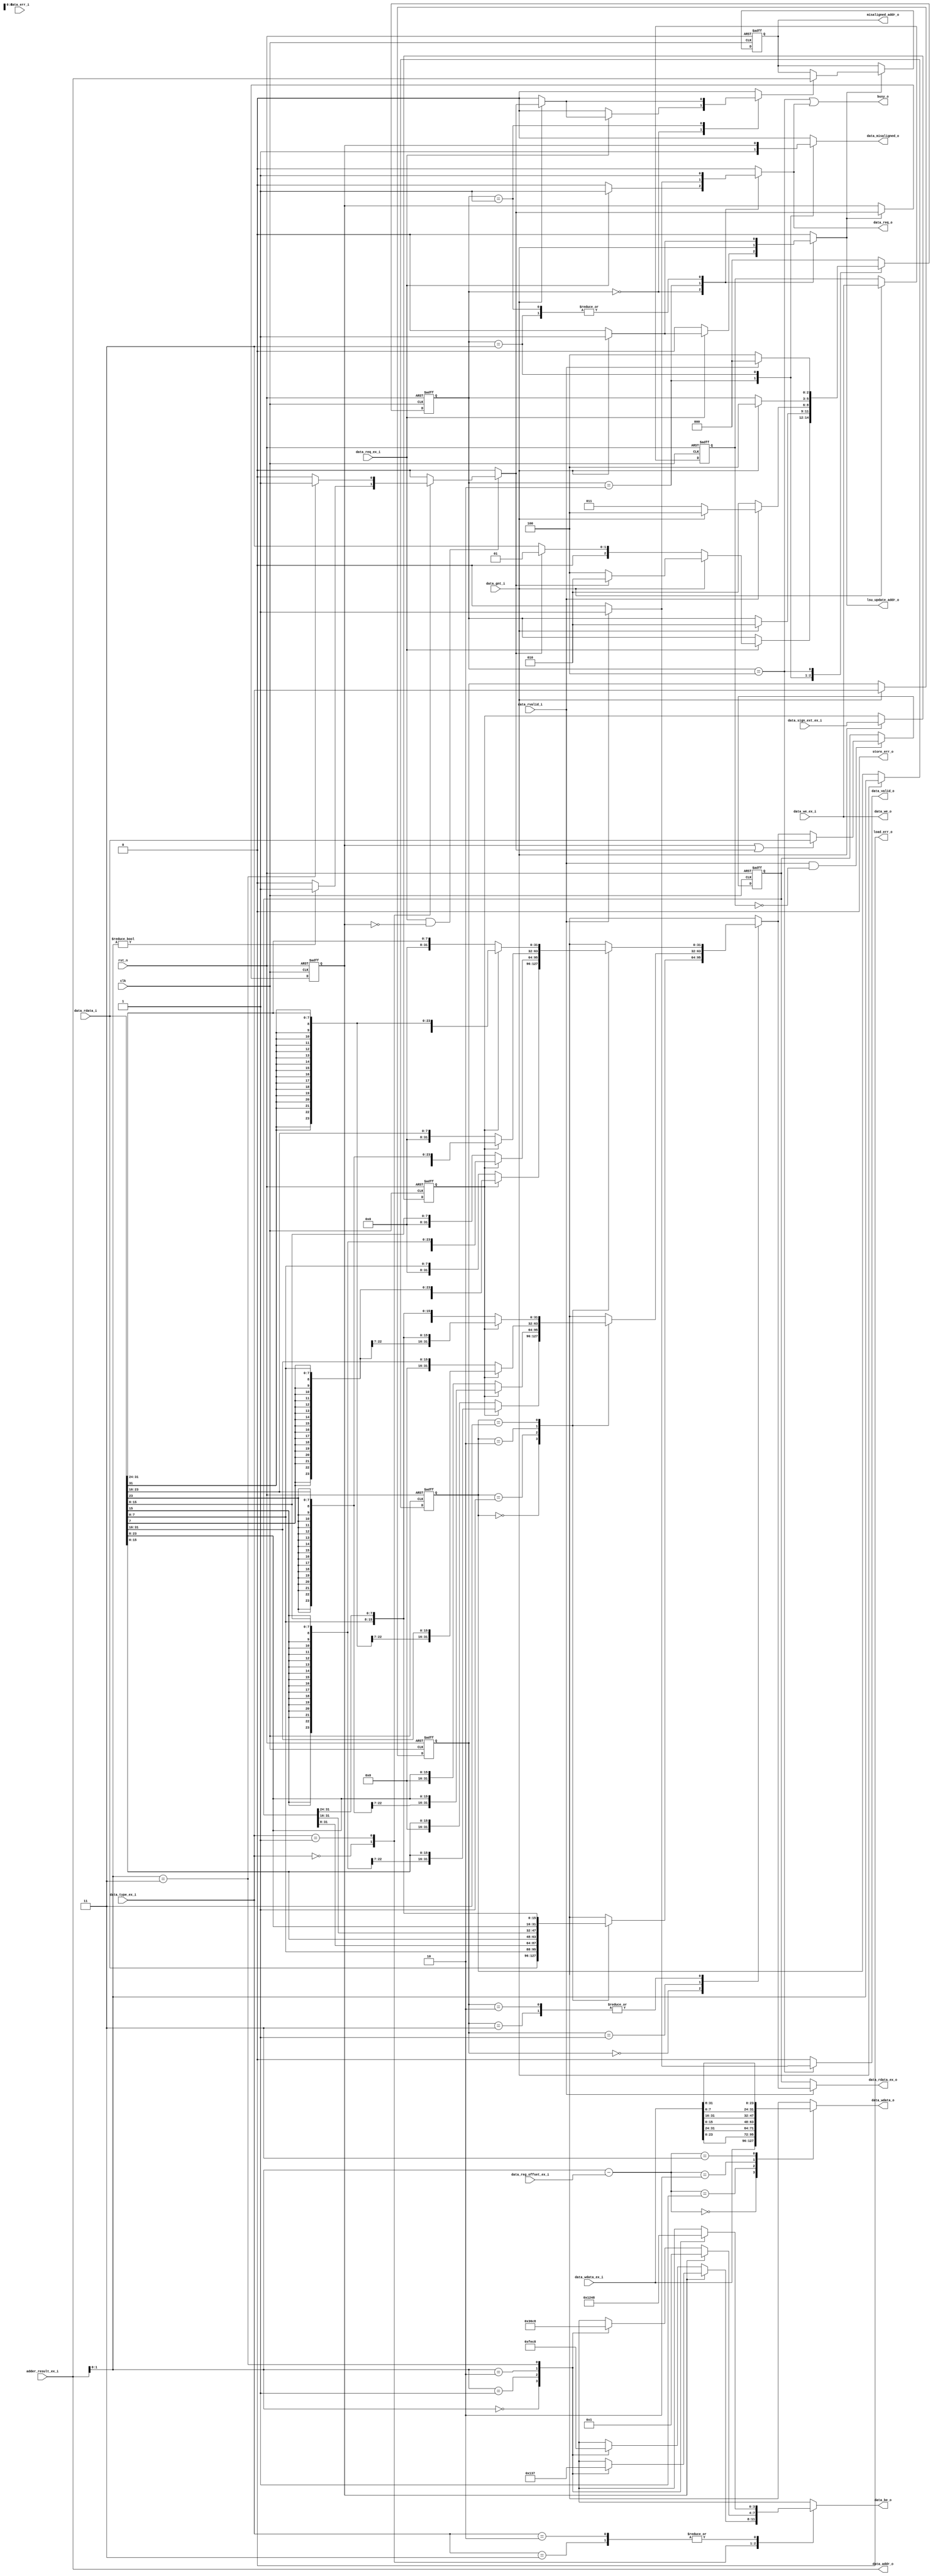
module zeroriscy_load_store_unit (
	clk,
	rst_n,
	data_req_o,
	data_gnt_i,
	data_rvalid_i,
	data_err_i,
	data_addr_o,
	data_we_o,
	data_be_o,
	data_wdata_o,
	data_rdata_i,
	data_we_ex_i,
	data_type_ex_i,
	data_wdata_ex_i,
	data_reg_offset_ex_i,
	data_sign_ext_ex_i,
	data_rdata_ex_o,
	data_req_ex_i,
	adder_result_ex_i,
	data_misaligned_o,
	misaligned_addr_o,
	load_err_o,
	store_err_o,
	lsu_update_addr_o,
	data_valid_o,
	busy_o
);
	input wire clk;
	input wire rst_n;
	output reg data_req_o;
	input wire data_gnt_i;
	input wire data_rvalid_i;
	input wire data_err_i;
	output wire [31:0] data_addr_o;
	output wire data_we_o;
	output wire [3:0] data_be_o;
	output wire [31:0] data_wdata_o;
	input wire [31:0] data_rdata_i;
	input wire data_we_ex_i;
	input wire [1:0] data_type_ex_i;
	input wire [31:0] data_wdata_ex_i;
	input wire [1:0] data_reg_offset_ex_i;
	input wire data_sign_ext_ex_i;
	output wire [31:0] data_rdata_ex_o;
	input wire data_req_ex_i;
	input wire [31:0] adder_result_ex_i;
	output reg data_misaligned_o;
	output reg [31:0] misaligned_addr_o;
	output wire load_err_o;
	output wire store_err_o;
	output reg lsu_update_addr_o;
	output reg data_valid_o;
	output wire busy_o;
	wire [31:0] data_addr_int;
	reg [1:0] data_type_q;
	reg [1:0] rdata_offset_q;
	reg data_sign_ext_q;
	reg data_we_q;
	wire [1:0] wdata_offset;
	reg [3:0] data_be;
	reg [31:0] data_wdata;
	wire misaligned_st;
	reg data_misaligned;
	reg data_misaligned_q;
	reg increase_address;
	reg [2:0] CS;
	reg [2:0] NS;
	reg [31:0] rdata_q;
	always @(*)
		case (data_type_ex_i)
			2'b00:
				if (misaligned_st == 1'b0)
					case (data_addr_int[1:0])
						2'b00: data_be = 4'b1111;
						2'b01: data_be = 4'b1110;
						2'b10: data_be = 4'b1100;
						2'b11: data_be = 4'b1000;
					endcase
				else
					case (data_addr_int[1:0])
						2'b00: data_be = 4'b0000;
						2'b01: data_be = 4'b0001;
						2'b10: data_be = 4'b0011;
						2'b11: data_be = 4'b0111;
					endcase
			2'b01:
				if (misaligned_st == 1'b0)
					case (data_addr_int[1:0])
						2'b00: data_be = 4'b0011;
						2'b01: data_be = 4'b0110;
						2'b10: data_be = 4'b1100;
						2'b11: data_be = 4'b1000;
					endcase
				else
					data_be = 4'b0001;
			2'b10, 2'b11:
				case (data_addr_int[1:0])
					2'b00: data_be = 4'b0001;
					2'b01: data_be = 4'b0010;
					2'b10: data_be = 4'b0100;
					2'b11: data_be = 4'b1000;
				endcase
		endcase
	assign wdata_offset = data_addr_int[1:0] - data_reg_offset_ex_i[1:0];
	always @(*)
		case (wdata_offset)
			2'b00: data_wdata = data_wdata_ex_i[31:0];
			2'b01: data_wdata = {data_wdata_ex_i[23:0], data_wdata_ex_i[31:24]};
			2'b10: data_wdata = {data_wdata_ex_i[15:0], data_wdata_ex_i[31:16]};
			2'b11: data_wdata = {data_wdata_ex_i[7:0], data_wdata_ex_i[31:8]};
		endcase
	always @(posedge clk or negedge rst_n)
		if (rst_n == 1'b0) begin
			data_type_q <= 1'sb0;
			rdata_offset_q <= 1'sb0;
			data_sign_ext_q <= 1'sb0;
			data_we_q <= 1'b0;
		end
		else if (data_gnt_i == 1'b1) begin
			data_type_q <= data_type_ex_i;
			rdata_offset_q <= data_addr_int[1:0];
			data_sign_ext_q <= data_sign_ext_ex_i;
			data_we_q <= data_we_ex_i;
		end
	reg [31:0] data_rdata_ext;
	reg [31:0] rdata_w_ext;
	reg [31:0] rdata_h_ext;
	reg [31:0] rdata_b_ext;
	always @(*)
		case (rdata_offset_q)
			2'b00: rdata_w_ext = data_rdata_i[31:0];
			2'b01: rdata_w_ext = {data_rdata_i[7:0], rdata_q[31:8]};
			2'b10: rdata_w_ext = {data_rdata_i[15:0], rdata_q[31:16]};
			2'b11: rdata_w_ext = {data_rdata_i[23:0], rdata_q[31:24]};
		endcase
	always @(*)
		case (rdata_offset_q)
			2'b00:
				if (data_sign_ext_q == 1'b0)
					rdata_h_ext = {16'h0000, data_rdata_i[15:0]};
				else
					rdata_h_ext = {{16 {data_rdata_i[15]}}, data_rdata_i[15:0]};
			2'b01:
				if (data_sign_ext_q == 1'b0)
					rdata_h_ext = {16'h0000, data_rdata_i[23:8]};
				else
					rdata_h_ext = {{16 {data_rdata_i[23]}}, data_rdata_i[23:8]};
			2'b10:
				if (data_sign_ext_q == 1'b0)
					rdata_h_ext = {16'h0000, data_rdata_i[31:16]};
				else
					rdata_h_ext = {{16 {data_rdata_i[31]}}, data_rdata_i[31:16]};
			2'b11:
				if (data_sign_ext_q == 1'b0)
					rdata_h_ext = {16'h0000, data_rdata_i[7:0], rdata_q[31:24]};
				else
					rdata_h_ext = {{16 {data_rdata_i[7]}}, data_rdata_i[7:0], rdata_q[31:24]};
		endcase
	always @(*)
		case (rdata_offset_q)
			2'b00:
				if (data_sign_ext_q == 1'b0)
					rdata_b_ext = {24'h000000, data_rdata_i[7:0]};
				else
					rdata_b_ext = {{24 {data_rdata_i[7]}}, data_rdata_i[7:0]};
			2'b01:
				if (data_sign_ext_q == 1'b0)
					rdata_b_ext = {24'h000000, data_rdata_i[15:8]};
				else
					rdata_b_ext = {{24 {data_rdata_i[15]}}, data_rdata_i[15:8]};
			2'b10:
				if (data_sign_ext_q == 1'b0)
					rdata_b_ext = {24'h000000, data_rdata_i[23:16]};
				else
					rdata_b_ext = {{24 {data_rdata_i[23]}}, data_rdata_i[23:16]};
			2'b11:
				if (data_sign_ext_q == 1'b0)
					rdata_b_ext = {24'h000000, data_rdata_i[31:24]};
				else
					rdata_b_ext = {{24 {data_rdata_i[31]}}, data_rdata_i[31:24]};
		endcase
	always @(*)
		case (data_type_q)
			2'b00: data_rdata_ext = rdata_w_ext;
			2'b01: data_rdata_ext = rdata_h_ext;
			2'b10, 2'b11: data_rdata_ext = rdata_b_ext;
		endcase
	always @(posedge clk or negedge rst_n)
		if (rst_n == 1'b0) begin
			CS <= 3'd0;
			rdata_q <= 1'sb0;
			data_misaligned_q <= 1'sb0;
			misaligned_addr_o <= 32'b00000000000000000000000000000000;
		end
		else begin
			CS <= NS;
			if (lsu_update_addr_o) begin
				data_misaligned_q <= data_misaligned;
				if (increase_address)
					misaligned_addr_o <= data_addr_int;
			end
			if (data_rvalid_i && ~data_we_q)
				if ((data_misaligned_q == 1'b1) || (data_misaligned == 1'b1))
					rdata_q <= data_rdata_i;
				else
					rdata_q <= data_rdata_ext;
		end
	assign data_rdata_ex_o = (data_rvalid_i == 1'b1 ? data_rdata_ext : rdata_q);
	assign data_addr_o = data_addr_int;
	assign data_wdata_o = data_wdata;
	assign data_we_o = data_we_ex_i;
	assign data_be_o = data_be;
	assign misaligned_st = data_misaligned_q;
	assign load_err_o = 1'b0;
	assign store_err_o = 1'b0;
	always @(*) begin
		NS = CS;
		data_req_o = 1'b0;
		lsu_update_addr_o = 1'b0;
		data_valid_o = 1'b0;
		increase_address = 1'b0;
		data_misaligned_o = 1'b0;
		case (CS)
			3'd0:
				if (data_req_ex_i) begin
					data_req_o = data_req_ex_i;
					if (data_gnt_i) begin
						lsu_update_addr_o = 1'b1;
						increase_address = data_misaligned;
						NS = (data_misaligned ? 3'd2 : 3'd4);
					end
					else
						NS = (data_misaligned ? 3'd1 : 3'd3);
				end
			3'd1: begin
				data_req_o = 1'b1;
				if (data_gnt_i) begin
					lsu_update_addr_o = 1'b1;
					increase_address = data_misaligned;
					NS = 3'd2;
				end
			end
			3'd2: begin
				increase_address = 1'b0;
				data_misaligned_o = 1'b1;
				data_req_o = 1'b0;
				lsu_update_addr_o = data_gnt_i;
				if (data_rvalid_i) begin
					data_req_o = 1'b1;
					if (data_gnt_i)
						NS = 3'd4;
					else
						NS = 3'd3;
				end
				else
					NS = 3'd2;
			end
			3'd3: begin
				data_misaligned_o = data_misaligned_q;
				data_req_o = 1'b1;
				if (data_gnt_i) begin
					lsu_update_addr_o = 1'b1;
					NS = 3'd4;
				end
			end
			3'd4: begin
				data_req_o = 1'b0;
				if (data_rvalid_i) begin
					data_valid_o = 1'b1;
					NS = 3'd0;
				end
				else
					NS = 3'd4;
			end
			default: NS = 3'd0;
		endcase
	end
	always @(*) begin
		data_misaligned = 1'b0;
		if ((data_req_ex_i == 1'b1) && (data_misaligned_q == 1'b0))
			case (data_type_ex_i)
				2'b00:
					if (data_addr_int[1:0] != 2'b00)
						data_misaligned = 1'b1;
				2'b01:
					if (data_addr_int[1:0] == 2'b11)
						data_misaligned = 1'b1;
				default:
					;
			endcase
	end
	assign data_addr_int = adder_result_ex_i;
	assign busy_o = (CS == 3'd4) || (data_req_o == 1'b1);
endmodule